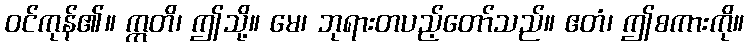
ဝင်ကုန်၏။ ဣတိ၊ ဤသို့။ မေ၊ ဘုရားတပည့်တော်သည်။ ဧတံ၊ ဤစကားကို။